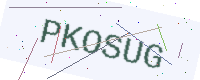
Text: PKOSUG